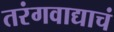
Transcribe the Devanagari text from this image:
तरंगवाद्याचं